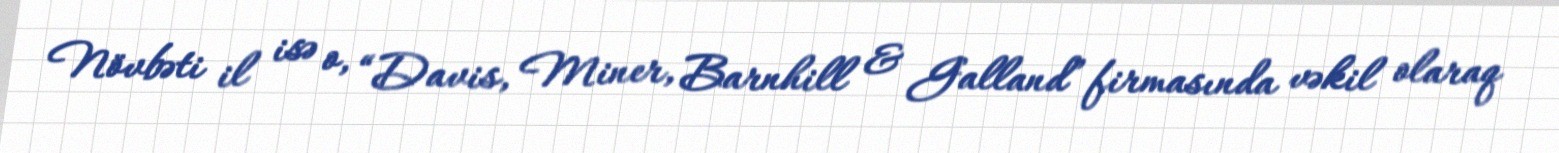
Növbəti il isə o, “Davis, Miner, Barnhill & Galland” firmasında vəkil olaraq